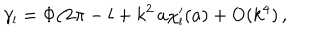
LaTeX: \gamma _ { \scriptscriptstyle { l } } = \Phi / 2 \pi - l + k ^ { 2 } \, a \chi _ { \scriptscriptstyle { l } } ^ { \prime } ( a ) + \mathrm { O } ( k ^ { 4 } ) \, ,